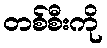
တစ်စီးကို